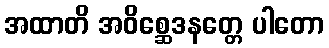
အထာတိ အဝိစ္ဆေဒနတ္တေ ပါတော